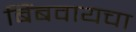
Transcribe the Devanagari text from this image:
बिंबवायचा